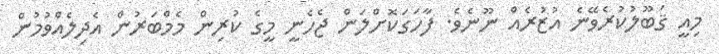
މިއީ ޤަބޫލުކުރެވޭނެ އުޒުރެއް ނޫނެވެ. ފާހަގަކޮށްލަން ޖެހެނީ މީގެ ކުރިން މެމްބަރުން އެދިލެއްވުމުން